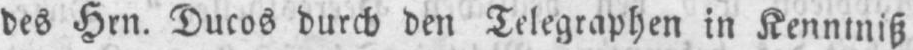
des Hrn. Ducos durch den Telegraphen in Kenntniß